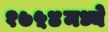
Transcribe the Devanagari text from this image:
१७५४मध्ये